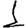
Digit: 1